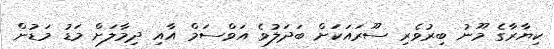
ކިޔާރާގެ މޫނު ބިރުވެރި ސޫރައަކަށް ބަދަލުވެ އަވްސަމް އާއި ދިމާލަށް މަޑު މަޑުން